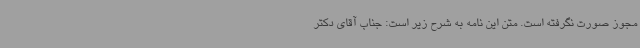
مجوز صورت نگرفته است. متن این نامه به شرح زیر است: جناب آقای دکتر